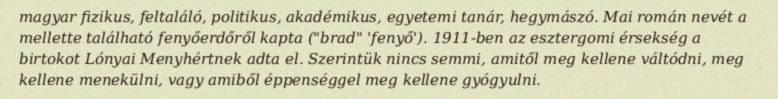
magyar fizikus, feltaláló, politikus, akadémikus, egyetemi tanár, hegymászó. Mai román nevét a mellette található fenyőerdőről kapta ("brad" 'fenyő'). 1911-ben az esztergomi érsekség a birtokot Lónyai Menyhértnek adta el. Szerintük nincs semmi, amitől meg kellene váltódni, meg kellene menekülni, vagy amiből éppenséggel meg kellene gyógyulni.